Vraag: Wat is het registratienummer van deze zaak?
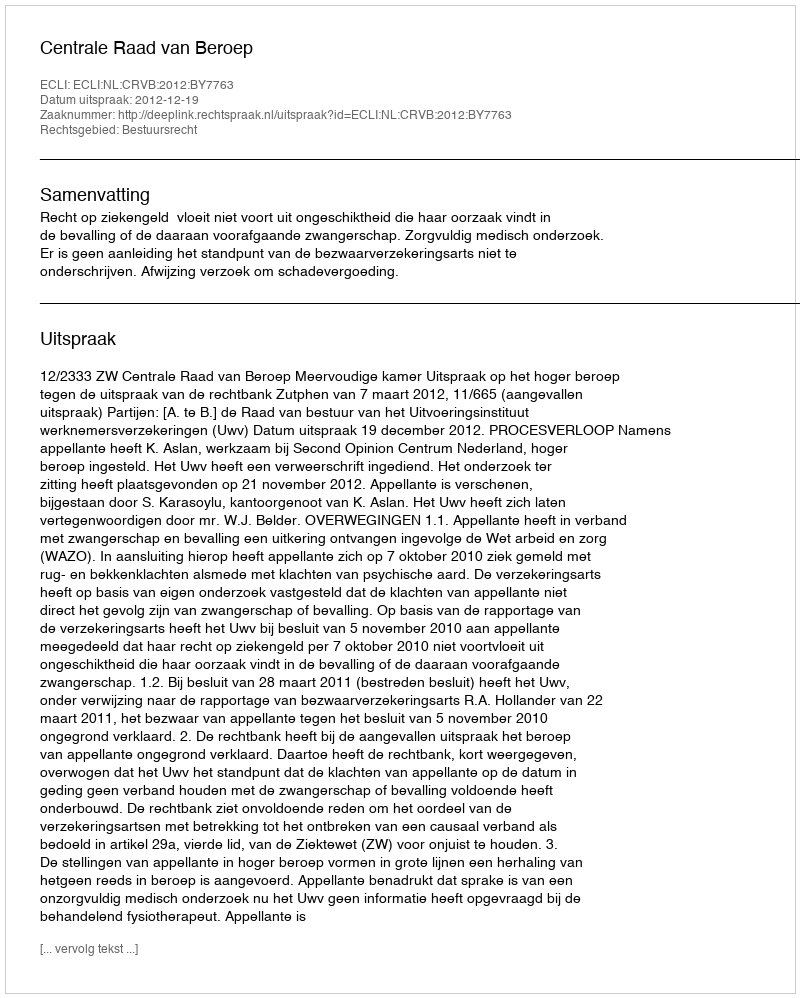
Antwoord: http://deeplink.rechtspraak.nl/uitspraak?id=ECLI:NL:CRVB:2012:BY7763